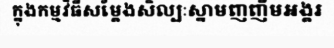
ក្នុងកម្មវិធីសម្តែងសិល្បៈស្នាមញញឹមអង្គរ